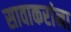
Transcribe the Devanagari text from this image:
सावाकरांना